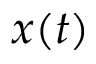
x ( t )